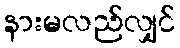
နားမလည်လျှင်